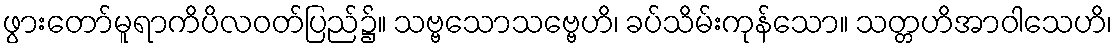
ဖွားတော်မူရာကိပိလဝတ်ပြည်၌။ သဗ္ဗသောသဗ္ဗေဟိ၊ ခပ်သိမ်းကုန်သော။ သတ္တဟိအာဝါသေဟိ၊